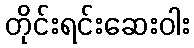
တိုင်းရင်းဆေးဝါး